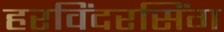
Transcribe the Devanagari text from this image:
हरविंदरसिंग